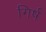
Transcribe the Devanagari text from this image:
गिर्ष